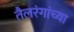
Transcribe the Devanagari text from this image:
तैलरंगांच्या